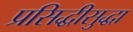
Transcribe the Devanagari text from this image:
प्रसिद्धीसुद्धा